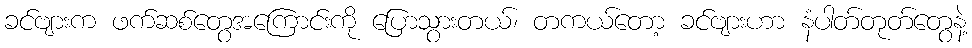
ခင်ဗျားက ဖက်ဆစ်တွေအကြောင်းကို ပြောသွားတယ်၊ တကယ်တော့ ခင်ဗျားဟာ နံပါတ်တုတ်တွေနဲ့